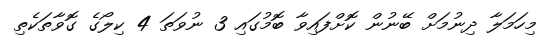
މިހަމަލާ ދިނުމަށް ބޭނުން ކޮށްފައިވާ ބޮމުގައި 3 ނުވަތަ 4 ކިލޯގެ ގޮވާތަކެތި